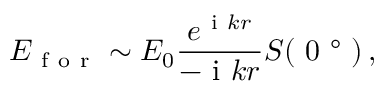
E _ { \mathrm { ~ f ~ o ~ r ~ } } \sim E _ { 0 } \frac { e ^ { \mathrm { ~ i ~ } k r } } { - \mathrm { ~ i ~ } k r } S ( \mathrm { ~ 0 ~ ° ~ } ) \, ,